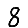
Digit: 8